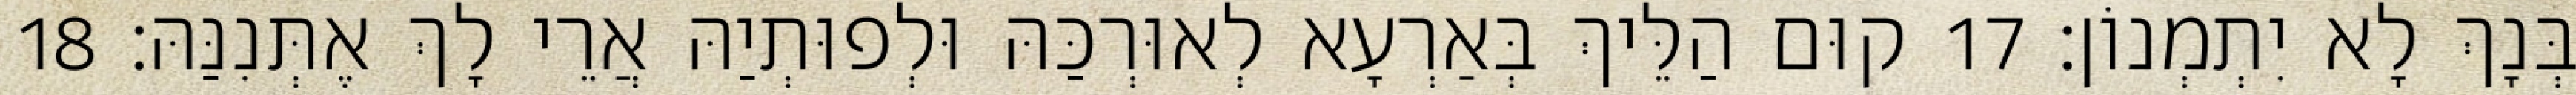
בְּנָךְ לָא יִתְמְנוֹן׃ 17 קוּם הַלֵּיךְ בְּאַרְעָא לְאוּרְכַּהּ וּלְפוּתְיַהּ אֲרֵי לָךְ אֶתְּנִנַּהּ׃ 18